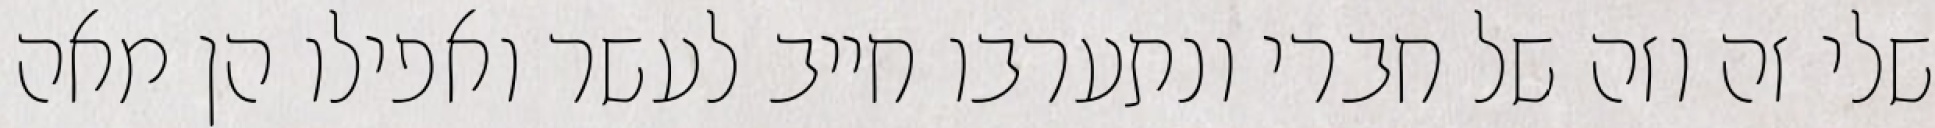
שלי זה וזה של חברי ונתערבו חייב לעשר ואפילו הן מאה